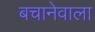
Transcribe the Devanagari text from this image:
बचानेवाला